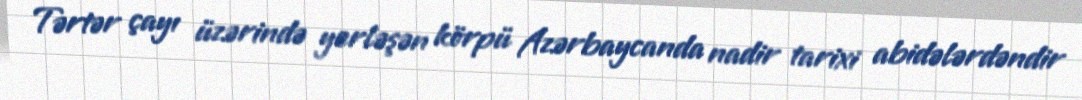
Tərtər çayı üzərində yerləşən körpü Azərbaycanda nadir tarixi abidələrdəndir